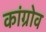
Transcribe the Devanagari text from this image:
कांग्रोव